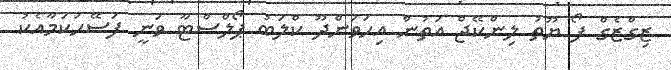
ޒިގްޒެގް ފޯ ޔޫތު ލިންކޭޖް އަތުން އިހަވަންދޫ ކްލަބު ޕޯލްސްޓާ ވަނީ ފަސޭހަކަމާއެކު